Annual report of the Imperial Bacteriologist
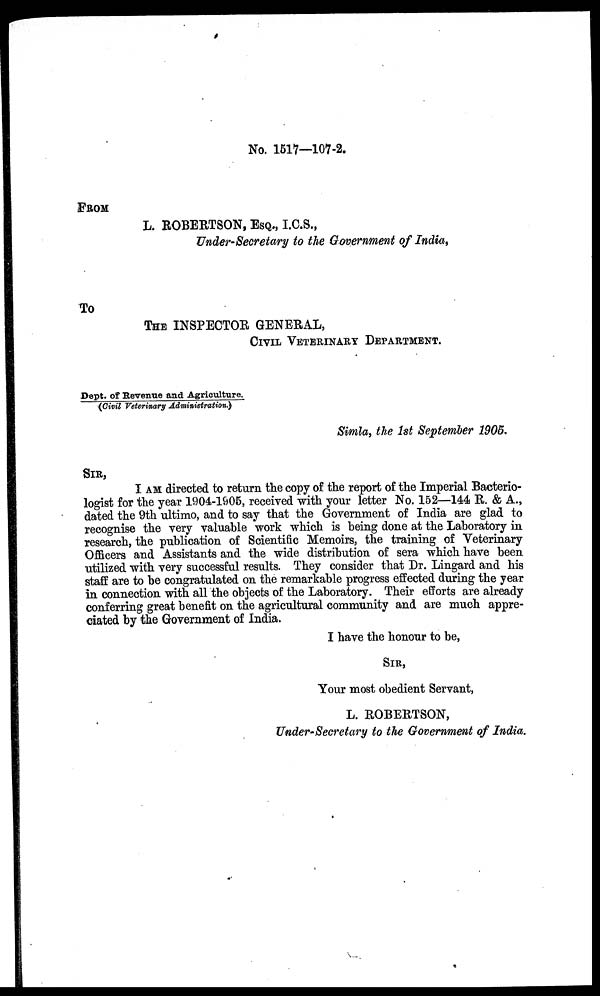
No. 1517—107-2.
FROM
L. ROBERTSON, ESQ., I.C.S.,
Under-Secretary to the Government of India,
To
THE INSPECTOR GENERAL,
CIVIL VETERINARY DEPARTMENT.
Dept. of Revenue and Agriculture.
(Civil Veterinary Administration.)
Simla, the 1st September 1905.
SIR,
I AM directed to return the copy of the report of the Imperial Bacterio-
logist for the year 1904-1905, received with your letter No. 152—144 R. & A.,
dated the 9th ultimo, and to say that the Government of India are glad to
recognise the very valuable work which is being done at the Laboratory in
research, the publication of Scientific Memoirs, the training of Veterinary
Officers and Assistants and the wide distribution of sera which have been
utilized with very successful results. They consider that Dr. Lingard and his
staff are to be congratulated on the remarkable progress effected during the year
in connection with all the objects of the Laboratory. Their efforts are already
conferring great benefit on the agricultural community and are much appre-
ciated by the Government of India.
I have the honour to be,
SIR,
Your most obedient Servant,
L. ROBERTSON,
Under-Secretary to the Government of India.